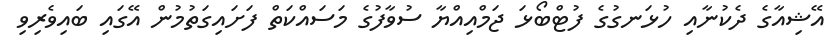
އޭޝިއާގެ ދެކުނާއި ހުޅަނގުގެ ފުޓްބޯޅަ ޖަމްއިއްޔާ ސުވާފުގެ މަސައްކަތް ފަށައިގަތުމުން އޭގައި ބައިވެރިވި